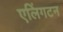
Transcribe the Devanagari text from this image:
एलिंगटन